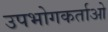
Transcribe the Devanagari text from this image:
उपभोगकर्ताओ